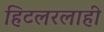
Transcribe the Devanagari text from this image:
हिटलरलाही